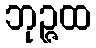
ဘုဉ္ဇထ